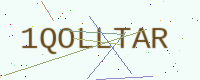
Text: 1QOLLTAR